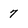
Character: 7